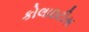
કોલાઇટીસ